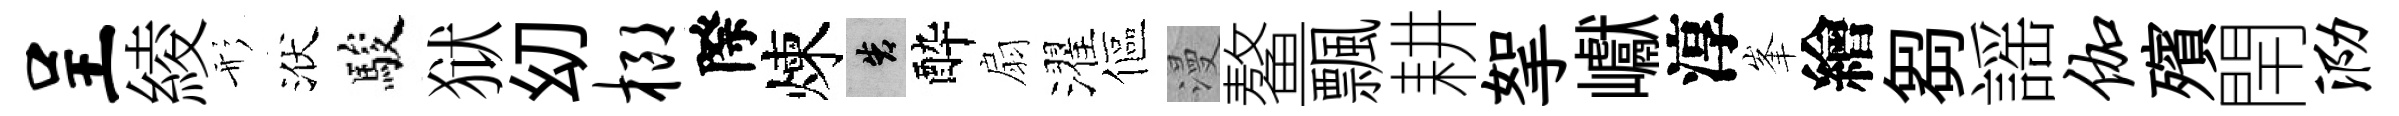
呈綾形洑駿狱㓜榔際煉告酔扇濯傴漫鳌飄耕挐巘淳峯繪芻謡伽殯閈泐